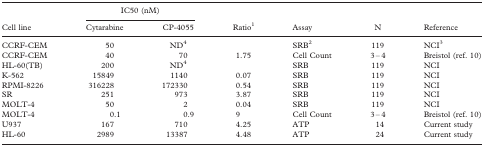
|  | <COLSPAN=2> IC50 (nM) |  |  |  |  |
 | Cell line | Cytarabine | CP-4055 | Ratio1 | Assay | N | Reference |
 | --- | --- | --- | --- | --- | --- | --- |
 | CCRF-CEM | 50 | ND4 |  | SRB2 | 119 | NCI3 |
 | CCRF-CEM | 40 | 70 | 1.75 | Cell Count | 3 – 4 | Breistol (ref. 10) |
 | HL-60(TB) | 200 | ND4 |  | SRB | 119 | NCI |
 | K-562 | 15849 | 1140 | 0.07 | SRB | 119 | NCI |
 | RPMI-8226 | 316228 | 172330 | 0.54 | SRB | 119 | NCI |
 | SR | 251 | 973 | 3.87 | SRB | 119 | NCI |
 | MOLT-4 | 50 | 2 | 0.04 | SRB | 119 | NCI |
 | MOLT-4 | 0.1 | 0.9 | 9 | Cell Count | 3 – 4 | Breistol (ref. 10) |
 | U937 | 167 | 710 | 4.25 | ATP | 14 | Current study |
 | HL-60 | 2989 | 13387 | 4.48 | ATP | 24 | Current study |